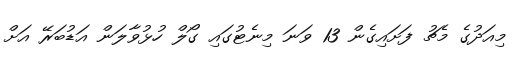
މިއަދުގެ މެޗު ފަށައިގެން 13 ވަނަ މިނެޓުގައި ގޯލް ހުޅުވާލަން އަޑުބަރޭ އަށް